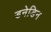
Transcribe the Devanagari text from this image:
डनेडिन